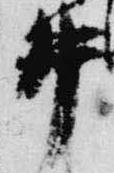
井